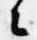
々